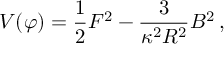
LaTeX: V ( \varphi ) = \frac { 1 } { 2 } F ^ { 2 } - \frac { 3 } { \kappa ^ { 2 } R ^ { 2 } } { \cal B } ^ { 2 } \, ,